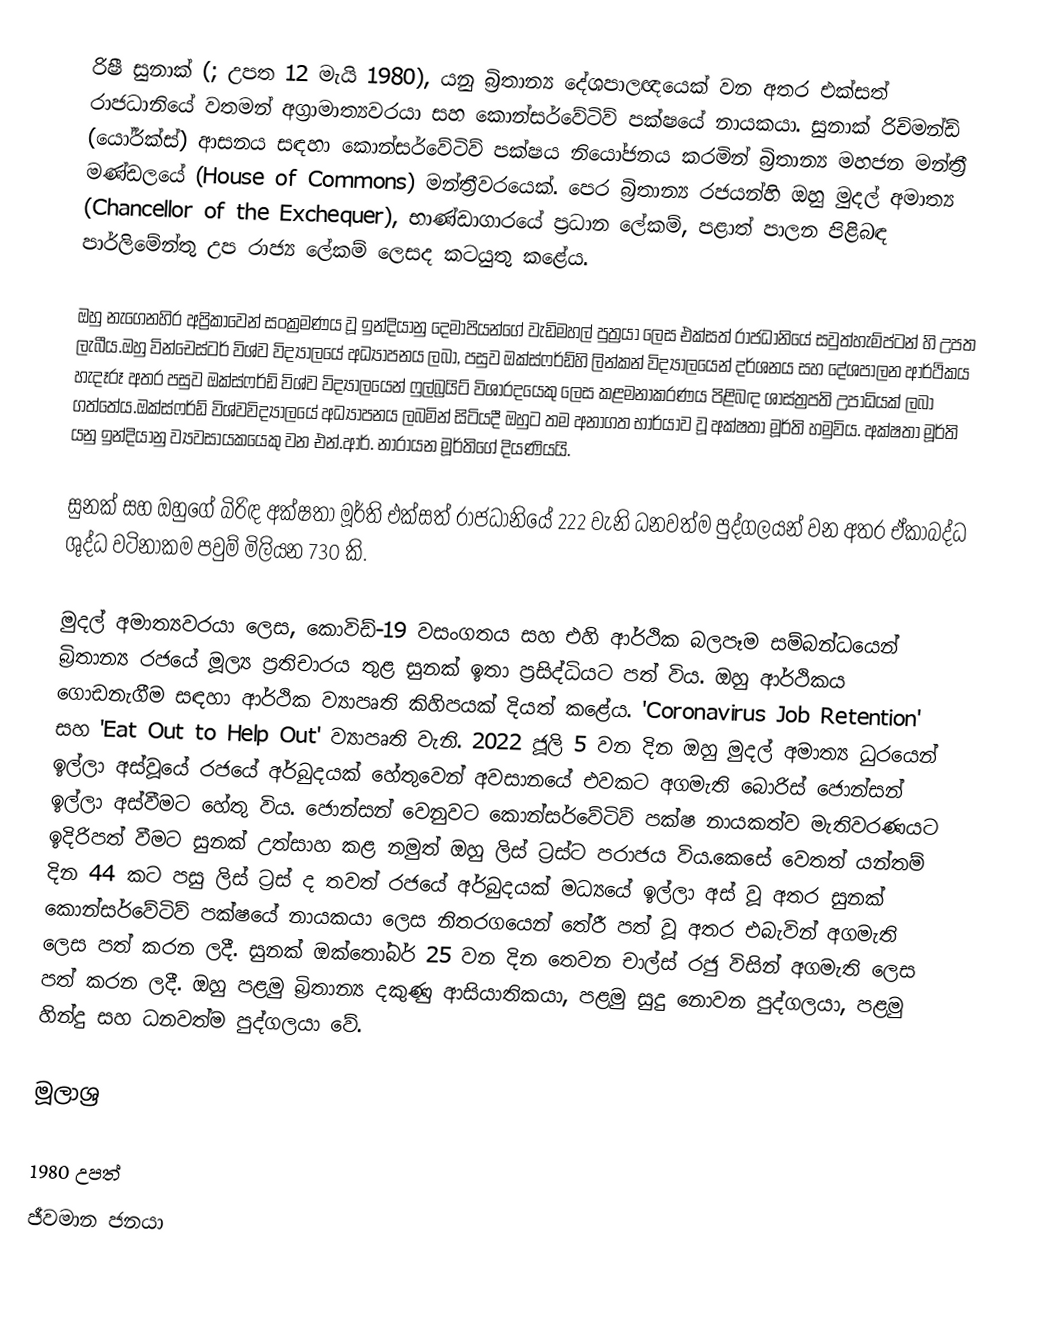
රිෂී සුනාක් (; උපත 12 මැයි 1980), යනු බ්‍රිතාන්‍ය දේශපාලඥයෙක් වන අතර එක්සත් රාජධානියේ වතමන් අග්‍රාමාත්‍යවරයා සහ කොන්සර්වේටිව් පක්ෂයේ නායකයා. සුනාක් රිච්මන්ඩ් (යෝර්ක්ස්) ආසනය සඳහා කොන්සර්වේටිව් පක්ෂය නියෝජනය කරමින් බ්‍රිතාන්‍ය මහජන මන්ත්‍රී මණ්ඩලයේ (House of Commons) මන්ත්‍රීවරයෙක්. පෙර බ්‍රිතාන්‍ය රජයන්හි ඔහු මුදල් අමාත්‍ය (Chancellor of the Exchequer), භාණ්ඩාගාරයේ ප්‍රධාන ලේකම්, පළාත් පාලන පිළිබඳ පාර්ලිමේන්තු උප රාජ්‍ය ලේකම් ලෙසද කටයුතු කළේය.

ඔහු නැගෙනහිර අප්‍රිකාවෙන් සංක්‍රමණය වූ ඉන්දියානු දෙමාපියන්ගේ වැඩිමහල් පුත්‍රයා ලෙස එක්සත් රාජධානියේ සවුත්හැම්ප්ටන් හි උපත ලැබීය.ඔහු වින්චෙස්ටර් විශ්ව විද්‍යාලයේ අධ්‍යාපනය ලබා, පසුව ඔක්ස්ෆර්ඩ්හි ලින්කන් විද්‍යාලයෙන් දර්ශනය සහ දේශපාලන ආර්ථිකය හැදෑරූ අතර පසුව ඔක්ස්ෆර්ඩ් විශ්ව විද්‍යාලයෙන් ෆුල්බ්‍රයිට් විශාරදයෙකු ලෙස කළමනාකරණය පිළිබඳ ශාස්ත්‍රපති උපාධියක් ලබා ගත්තේය.ඔක්ස්ෆර්ඩ් විශ්වවිද්‍යාලයේ අධ්‍යාපනය ලබමින් සිටියදී ඔහුට තම අනාගත භාර්යාව වූ අක්ෂතා මූර්ති හමුවිය. අක්ෂතා මූර්ති යනු ඉන්දියානු ව්‍යවසායකයෙකු වන එන්.ආර්. නාරායන මූර්තිගේ දියණියයි.

සුනක් සහ ඔහුගේ බිරිඳ අක්ෂතා මූර්ති එක්සත් රාජධානියේ 222 වැනි ධනවත්ම පුද්ගලයන් වන අතර ඒකාබද්ධ ශුද්ධ වටිනාකම පවුම් මිලියන 730 කි.

මුදල් අමාත්‍යවරයා ලෙස, කොවිඩ්-19 වසංගතය සහ එහි ආර්ථික බලපෑම සම්බන්ධයෙන් බ්‍රිතාන්‍ය රජයේ මූල්‍ය ප්‍රතිචාරය තුළ සුනක් ඉතා ප්‍රසිද්ධියට පත් විය. ඔහු ආර්ථිකය ගොඩනැගීම සඳහා ආර්ථික ව්‍යාපෘති කිහිපයක් දියත් කළේය. 'Coronavirus Job Retention' සහ 'Eat Out to Help Out' ව්‍යාපෘති වැනි. 2022 ජූලි 5 වන දින ඔහු මුදල් අමාත්‍ය ධුරයෙන් ඉල්ලා අස්වූයේ රජයේ අර්බුදයක් හේතුවෙන් අවසානයේ එවකට අගමැති බොරිස් ජොන්සන් ඉල්ලා අස්වීමට හේතු විය. ජොන්සන් වෙනුවට කොන්සර්වේටිව් පක්ෂ නායකත්ව මැතිවරණයට ඉදිරිපත් වීමට සුනක් උත්සාහ කළ නමුත් ඔහු ලිස් ට්‍රස්ට පරාජය විය.කෙසේ වෙතත් යන්තම් දින 44 කට පසු ලිස් ට්‍රස් ද තවත් රජයේ අර්බුදයක් මධ්‍යයේ ඉල්ලා අස් වූ අතර සුනක් කොන්සර්වේටිව් පක්ෂයේ නායකයා ලෙස නිතරගයෙන් තේරී පත් වූ අතර එබැවින් අගමැති ලෙස පත් කරන ලදී. සුනක් ඔක්තෝබර් 25 වන දින තෙවන චාල්ස් රජු විසින් අගමැති ලෙස පත් කරන ලදී. ඔහු පළමු බ්‍රිතාන්‍ය දකුණු ආසියාතිකයා, පළමු සුදු නොවන පුද්ගලයා, පළමු හින්දු සහ ධනවත්ම පුද්ගලයා වේ.

මූලාශ්‍ර

1980 උපත්
ජීවමාන ජනයා